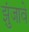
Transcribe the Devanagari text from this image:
झुंजावे